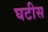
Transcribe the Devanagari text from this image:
घटीस